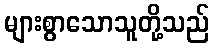
များစွာသောသူတို့သည်